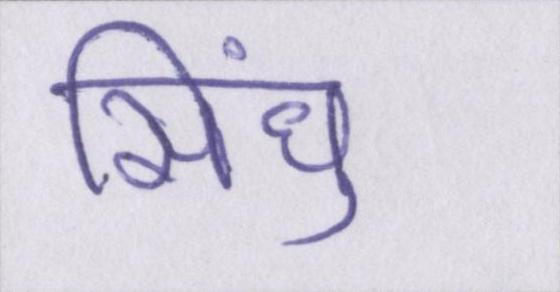
सिंधु